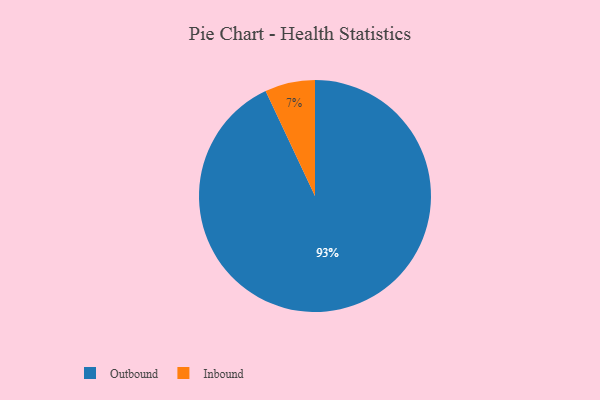
{"axis": {"x": "Category", "y": "Percentage"}, "legend": ["Inbound", "Outbound"], "data": [{"x": "Inbound", "y": 7, "type": "Inbound"}, {"x": "Outbound", "y": 93, "type": "Outbound"}]}